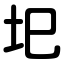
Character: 圯